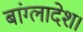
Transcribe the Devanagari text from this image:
बांग्लादेश।